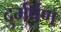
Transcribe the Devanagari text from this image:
दुर्मर्षण